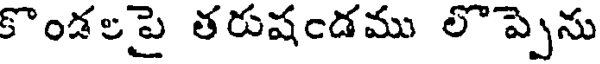
కొండలపై తరుషండము లొప్పెను